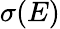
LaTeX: \sigma(E)